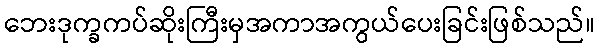
ဘေးဒုက္ခကပ်ဆိုးကြီးမှအကာအကွယ်ပေးခြင်းဖြစ်သည်။